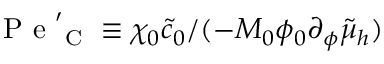
\mathrm { ~ P ~ e ~ } _ { \mathrm { ~ C ~ } } ^ { \prime } \equiv \chi _ { 0 } \tilde { c } _ { 0 } / ( - M _ { 0 } \phi _ { 0 } \partial _ { \phi } \tilde { \mu } _ { h } )